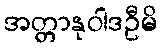
အတ္တာနုဝါဒဦမိ